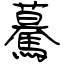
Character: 驀